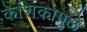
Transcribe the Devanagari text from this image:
केशिकामुळे